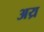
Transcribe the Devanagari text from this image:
अय्र